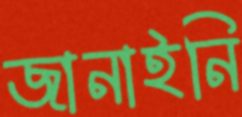
জানাইনি